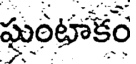
ఘంటాకం